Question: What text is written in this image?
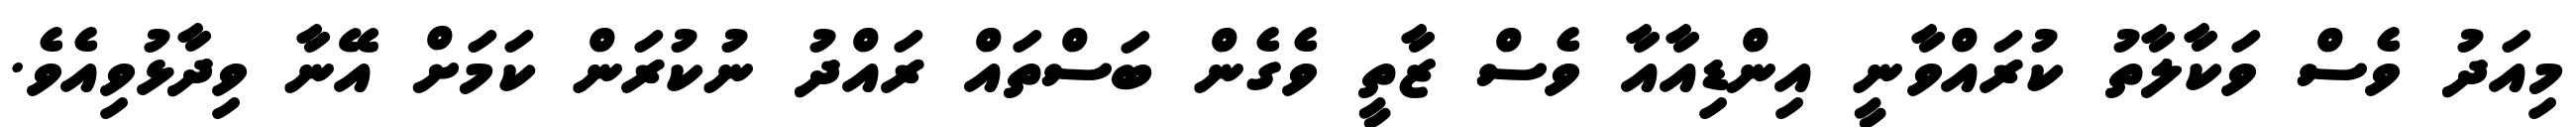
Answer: މިއަދު ވެސް ވަކާލާތު ކުރައްވާނީ އިންޑިއާއާ ވެސް ޒާތީ ވެގެން ބަސްތައް ރައްދު ނުކުރަން ކަމަށް އޭނާ ވިދާޅުވިއެވެ.